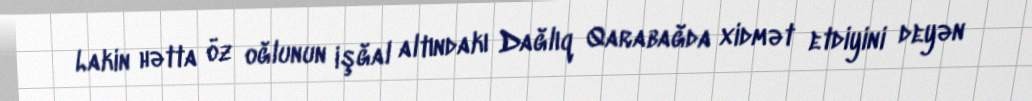
Lakin hətta öz oğlunun işğal altındakı Dağlıq Qarabağda xidmət etdiyini deyən